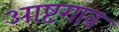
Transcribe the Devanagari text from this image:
आष्टगाव